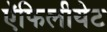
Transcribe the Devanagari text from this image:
ऍफिलीयेट